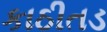
કાઠીતડ